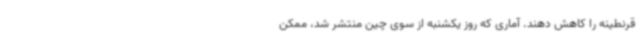
قرنطینه را کاهش دهند. آماری که روز یکشنبه از سوی چین منتشر شد، ممکن